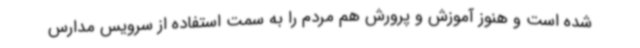
شده است و هنوز آموزش و پرورش هم مردم را به سمت استفاده از سرویس مدارس